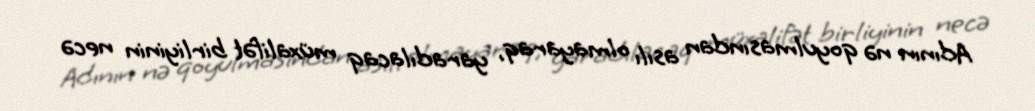
Adının nə qoyulmasından asılı olmayaraq, yaradılacaq müxalifət birliyinin necə